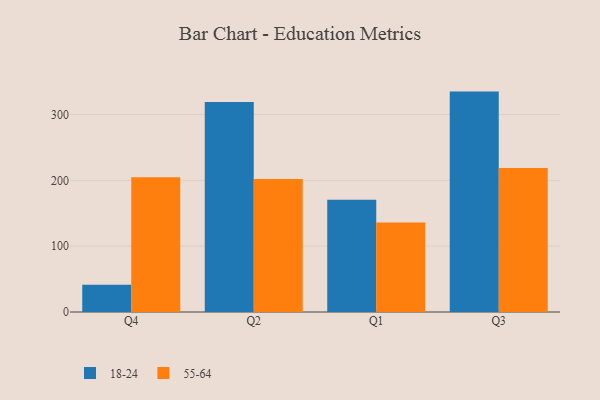
{"axis": {"x": "Quarter", "y": "Satisfaction Score"}, "legend": ["18-24", "55-64"], "data": [{"x": "Q4", "y": 41.4, "type": "18-24"}, {"x": "Q4", "y": 204.7, "type": "55-64"}, {"x": "Q2", "y": 318.9, "type": "18-24"}, {"x": "Q2", "y": 202.1, "type": "55-64"}, {"x": "Q1", "y": 170.6, "type": "18-24"}, {"x": "Q1", "y": 135.8, "type": "55-64"}, {"x": "Q3", "y": 334.8, "type": "18-24"}, {"x": "Q3", "y": 218.7, "type": "55-64"}]}